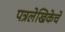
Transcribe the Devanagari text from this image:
पत्रलेखिकेचे